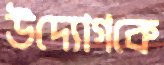
উদ্যোগকে